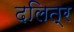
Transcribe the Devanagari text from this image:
दलित्र